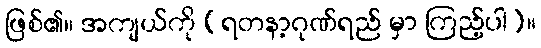
ဖြစ်၏။ အကျယ်ကို (ရတနာ့ဂုဏ်ရည် မှာ ကြည့်ပါ)။